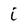
Character: i